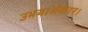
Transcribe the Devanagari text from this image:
उभयालंकार।